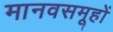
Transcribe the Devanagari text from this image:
मानवसमूहों